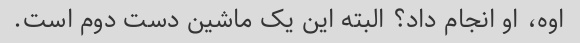
اوه، او انجام داد؟ البته این یک ماشین دست دوم است.